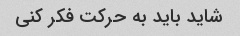
شاید باید به حرکت فکر کنی